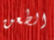
الطعن